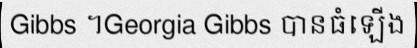
Gibbs ។Georgia Gibbs បានធំឡើង